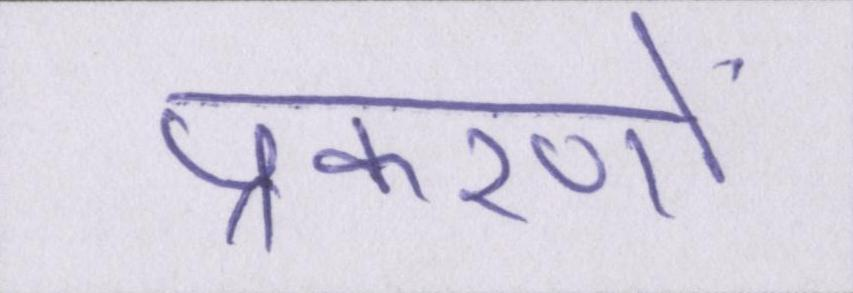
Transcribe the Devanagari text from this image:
प्रकरणों